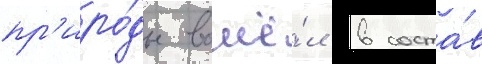
пр'иро́ды вошё́л в соста́в